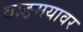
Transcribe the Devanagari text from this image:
वाङ्‌मयावर